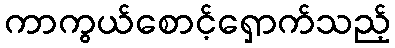
ကာကွယ်စောင့်ရှောက်သည့်